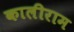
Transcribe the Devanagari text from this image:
कालीराम